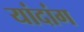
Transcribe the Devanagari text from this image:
यांदांग